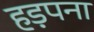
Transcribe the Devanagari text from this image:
हड़पना